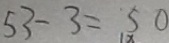
5 3 - 3 = 5 0